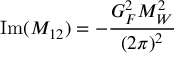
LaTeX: \mathrm { I m } ( M _ { 1 2 } ) = - { \frac { G _ { F } ^ { 2 } M _ { W } ^ { 2 } } { ( 2 \pi ) ^ { 2 } } }